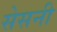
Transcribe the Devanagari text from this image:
सेसनी